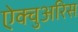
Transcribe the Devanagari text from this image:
ऐक्चुअरिस